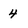
Character: 4